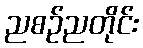
ညစဉ်ညတိုင်း